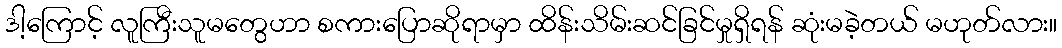
ဒါ့ကြောင့် လူကြီးသူမတွေဟာ စကားပြောဆိုရာမှာ ထိန်းသိမ်းဆင်ခြင်မှုရှိရန် ဆုံးမခဲ့တယ် မဟုတ်လား။